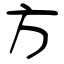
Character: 方